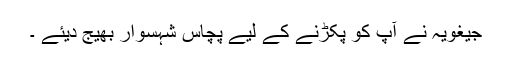
جیغویہ نے آپ کو پکڑنے کے لیے پچاس شہسوار بھیج دیئے ۔